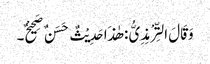
وَقَالَ التِّرْمِذِیُّ : ھٰذَا حَدِیْثٌ حَسَنٌ صَحِیْحٌ۔